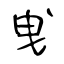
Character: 曵